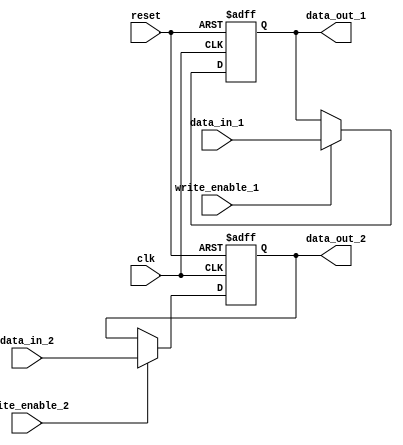
module dual_port_register (
    input clk,
    input reset,
    input write_enable_1,
    input write_enable_2,
    input [7:0] data_in_1,
    input [7:0] data_in_2,
    output reg [7:0] data_out_1,
    output reg [7:0] data_out_2
);

reg [7:0] reg_data_1;
reg [7:0] reg_data_2;

always @(posedge clk or posedge reset) begin
    if (reset) begin
        reg_data_1 <= 8'b00000000;
        reg_data_2 <= 8'b00000000;
    end else begin
        if (write_enable_1) begin
            reg_data_1 <= data_in_1;
        end
        if (write_enable_2) begin
            reg_data_2 <= data_in_2;
        end
    end
end

assign data_out_1 = reg_data_1;
assign data_out_2 = reg_data_2;

endmodule